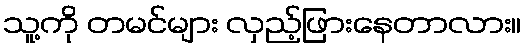
သူ့ကို တမင်များ လှည့်ဖြားနေတာလား။